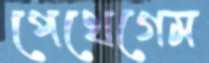
পেথেগেম